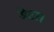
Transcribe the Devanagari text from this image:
डेटा।